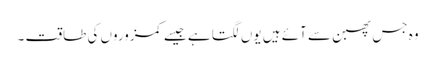
وہ جس پھبن سے آئے ہیں یوں لگتا ہے جیسے کمزوروں کی طاقت ۔